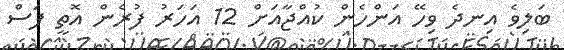
ބަލިވެ އިނދެ ވިހޭ އަންހެން ކުއްޖާއަށް 12 އަހަރު ފުރެން އޮތީ ފަސް